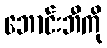
ဘောင်းဘီကို